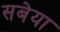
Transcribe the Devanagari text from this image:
सबेया